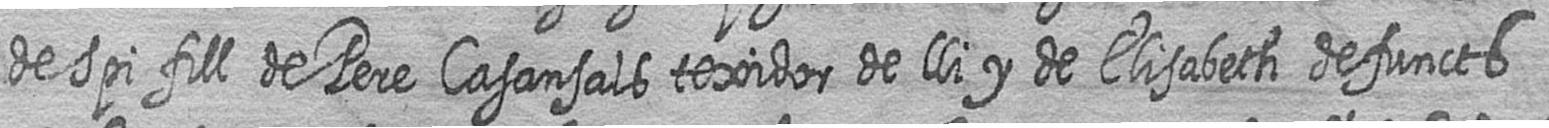
deSpi fill de Pere Casansals texidor de lli y de Elisabeth defuncts